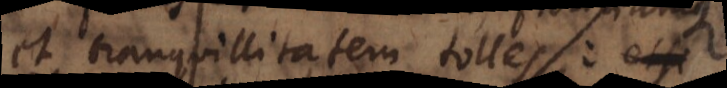
et tranquillitatem tolles: et